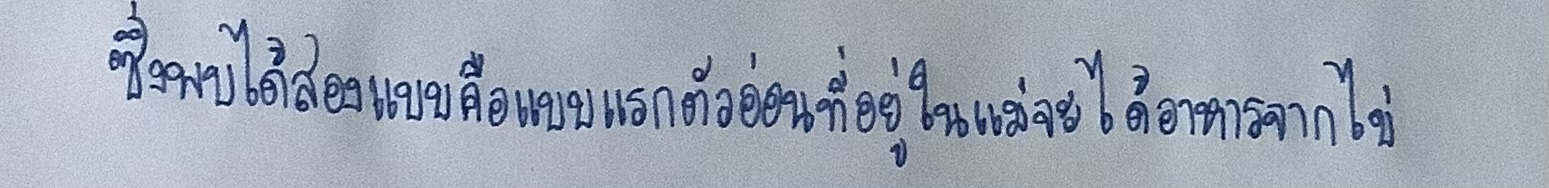
ซึ่งพบได้สองแบบคือแบบแรกตัวอ่อนที่อยู่ในแม่จะได้อาหารจากไข่